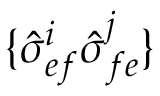
\{ \hat { \sigma } _ { e f } ^ { i } \hat { \sigma } _ { f e } ^ { j } \}